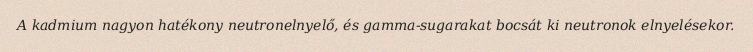
A kadmium nagyon hatékony neutronelnyelő, és gamma-sugarakat bocsát ki neutronok elnyelésekor.